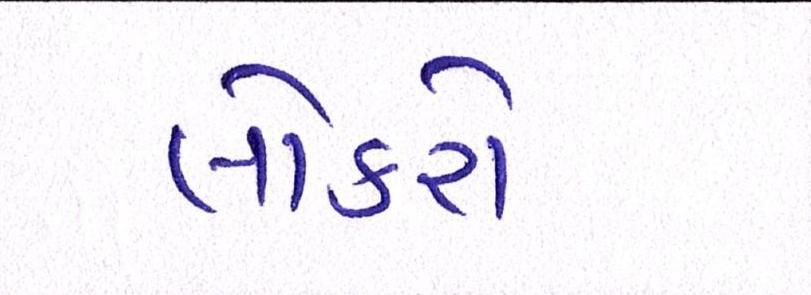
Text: લોકરો